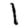
Digit: 1